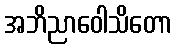
အဘိညာဝေါသိတော